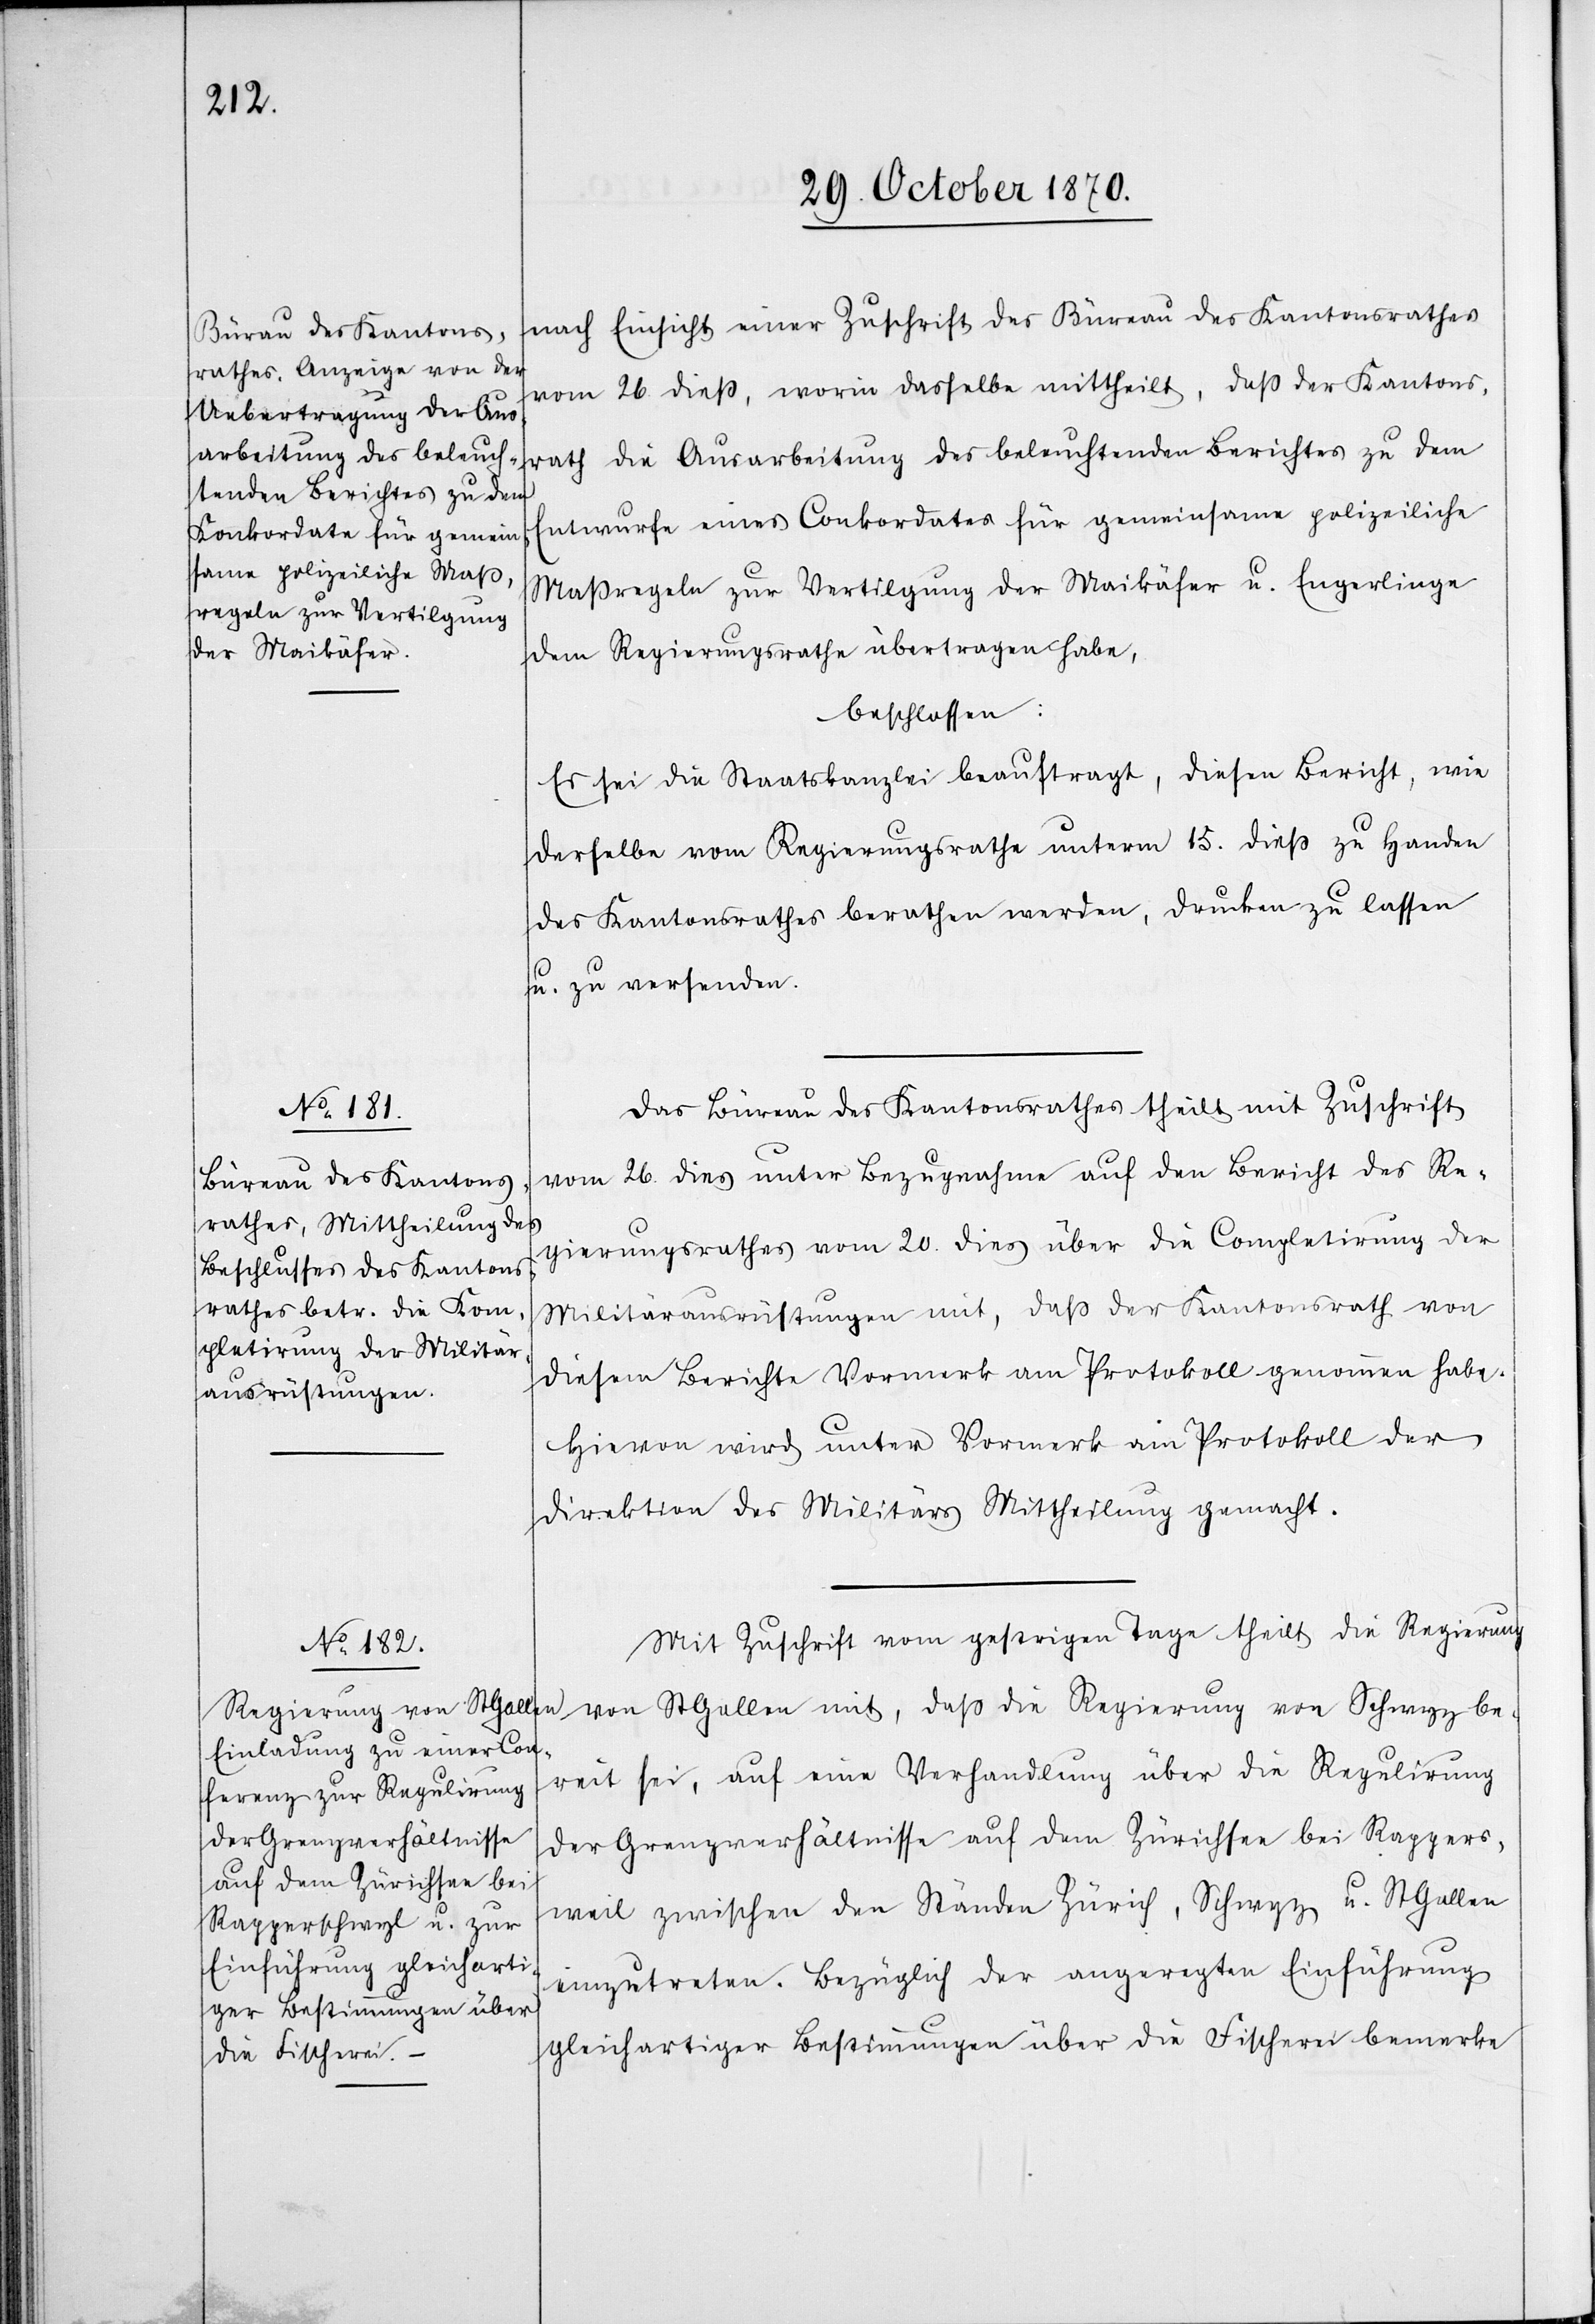
nach Einsicht einer Zuschrift des Büreau des Kantonsrathes
vom 26. dieß, worin dasselbe mittheilt, daß der Kantons¬
rath die Ausarbeitung des beleuchtenden Berichtes zu dem
Entwurfe eines Conkordates für gemeinsame polizeiliche
Maßregeln zur Vertilgung der Maikäfer u. Engerlinge
dem Regierungsrathe übertragen habe,
beschlossen:
Es sei die Staatskanzlei beauftragt, diesen Bericht, wie
derselbe vom Regierungsrathe unterm 15. dieß zu Handen
des Kantonsrathes berathen werden, [sic!] drucken zu lassen
u. zu versenden.
Das Büreau des Kantonsrathes theilt mit Zuschrift
vom 26. dies unter Bezugnahme auf den Bericht des Re¬
gierungsrathes vom 20. dies über die Completirung der
Militärausrüstungen mit, daß der Kantonsrath von
diesem Berichte Vormerk am Protokoll genommen habe.
Hievon wird unter Vormerk am Protokoll der
Direktion des Militärs Mittheilung gemacht.
Mit Zuschrift vom gestrigen Tage theilt die Regierung
von St. Gallen mit, daß die Regierung von Schwyz be¬
reit sei, auf eine Verhandlung über die Regulirung
der Grenzverhältnisse auf dem Zürichsee bei Rappers¬
weil zwischen den Ständen Zürich, Schwyz u. St. Gallen
einzutreten. Bezüglich der angeregten Einführung
gleichartiger Bestimmungen über die Fischerei bemerke